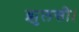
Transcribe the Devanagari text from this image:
झुलसी।